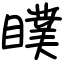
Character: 瞨